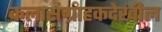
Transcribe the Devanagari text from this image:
कलासंग्राहकदेखील